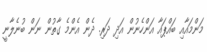
މަންމައާއި ބައްޕައާ އަންހެނުން އަދި ދަރި. ދެން އެންމެ ގާތުން ނަން ބުނެލާނީ